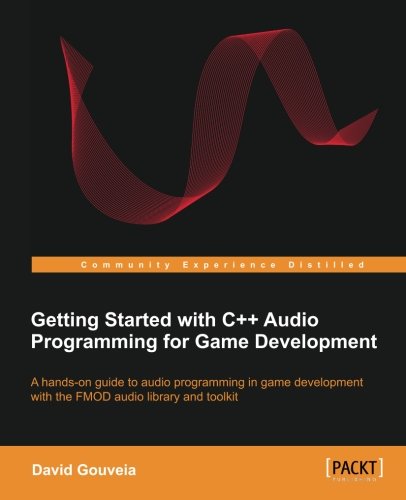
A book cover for Getting Started with C++ Audio Programming for Game Development; David Gouveia; Computers & Technology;